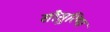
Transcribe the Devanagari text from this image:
सौसुरिया